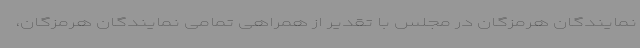
نمایندگان هرمزگان در مجلس با تقدیر از همراهی تمامی نمایندگان هرمزگان،